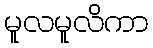
မူလမူလိကာ